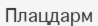
Плацдарм